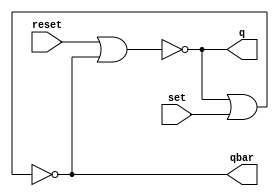
module rs_latch_nor (q,qbar,reset,set);

output q,qbar;
input reset,set;

nor #1 n1(q,reset,qbar);
nor #1 n2(qbar,q,set);

endmodule 

module rs_latch_tb();

wire q,qbar;
reg reset,set;

rs_latch_nor latch1(q,qbar,reset,set);

initial
	begin
		
		{reset,set} = 2'b10;
		#5 {reset,set} = 2'b00;
		#5 {reset,set} = 2'b01;
		#5 {reset,set} = 2'b00;
		#5 {reset,set} = 2'b11;  

	end

initial
	$monitor ($time, ": reset--%b set--%b and output--%b",reset,set,q);
endmodule